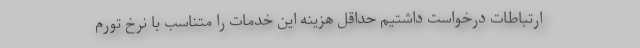
ارتباطات درخواست داشتیم حداقل هزینه این خدمات را متناسب با نرخ تورم